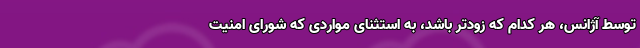
توسط آژانس، هر کدام که زودتر باشد، به استثنای مواردی که شورای امنیت